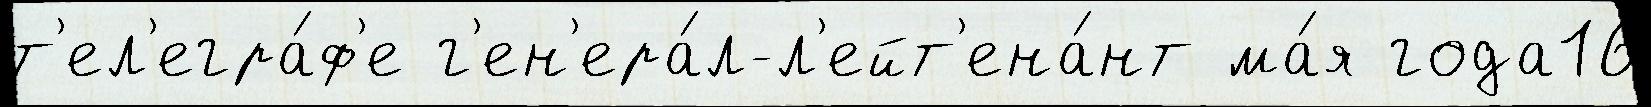
т'ел'егра́ф'е г'ен'ера́л-л'ейт'ена́нт ма́я года16